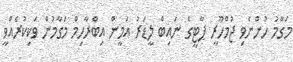
މަގާމު ހުންނެވި ޖުމްހޫރީ ޕާޓީގެ ނައިބް ލީޑަރު އަމީން އިބްރާހިމް މަގާމުން ވަކިކުރެއްވީ